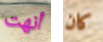
أنهت كان